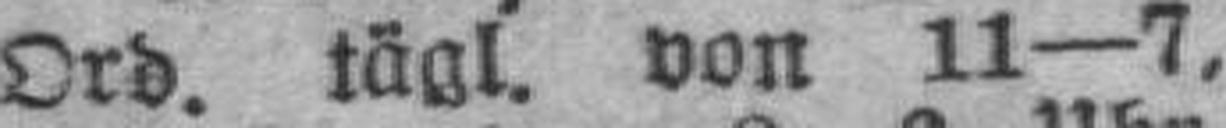
Ord. tägl. von 11—7,